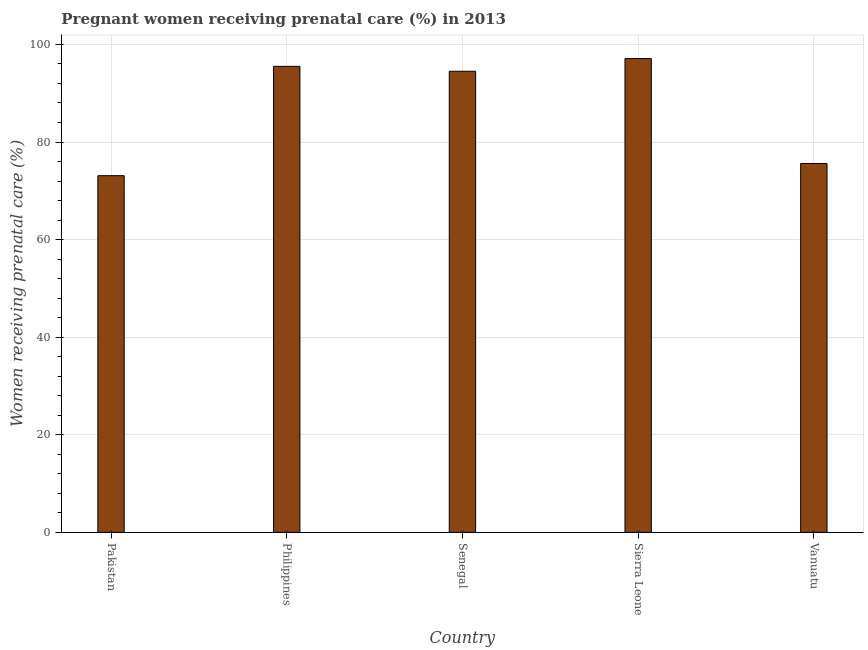
| Country | Pregnant women receiving prenatal care |
 | --- | --- |
 | Pakistan | 73.1 |
 | Philippines | 95.5 |
 | Senegal | 94.5 |
 | Sierra Leone | 97.1 |
 | Vanuatu | 75.6 |